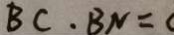
B C \cdot B N =